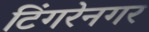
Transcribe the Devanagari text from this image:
टिंगरेनगर